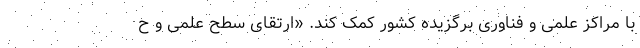
با مراکز علمی و فناوری برگزیده کشور کمک کند. «ارتقای سطح علمی و ح